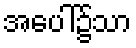
အပေါ်၌သာ